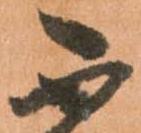
不